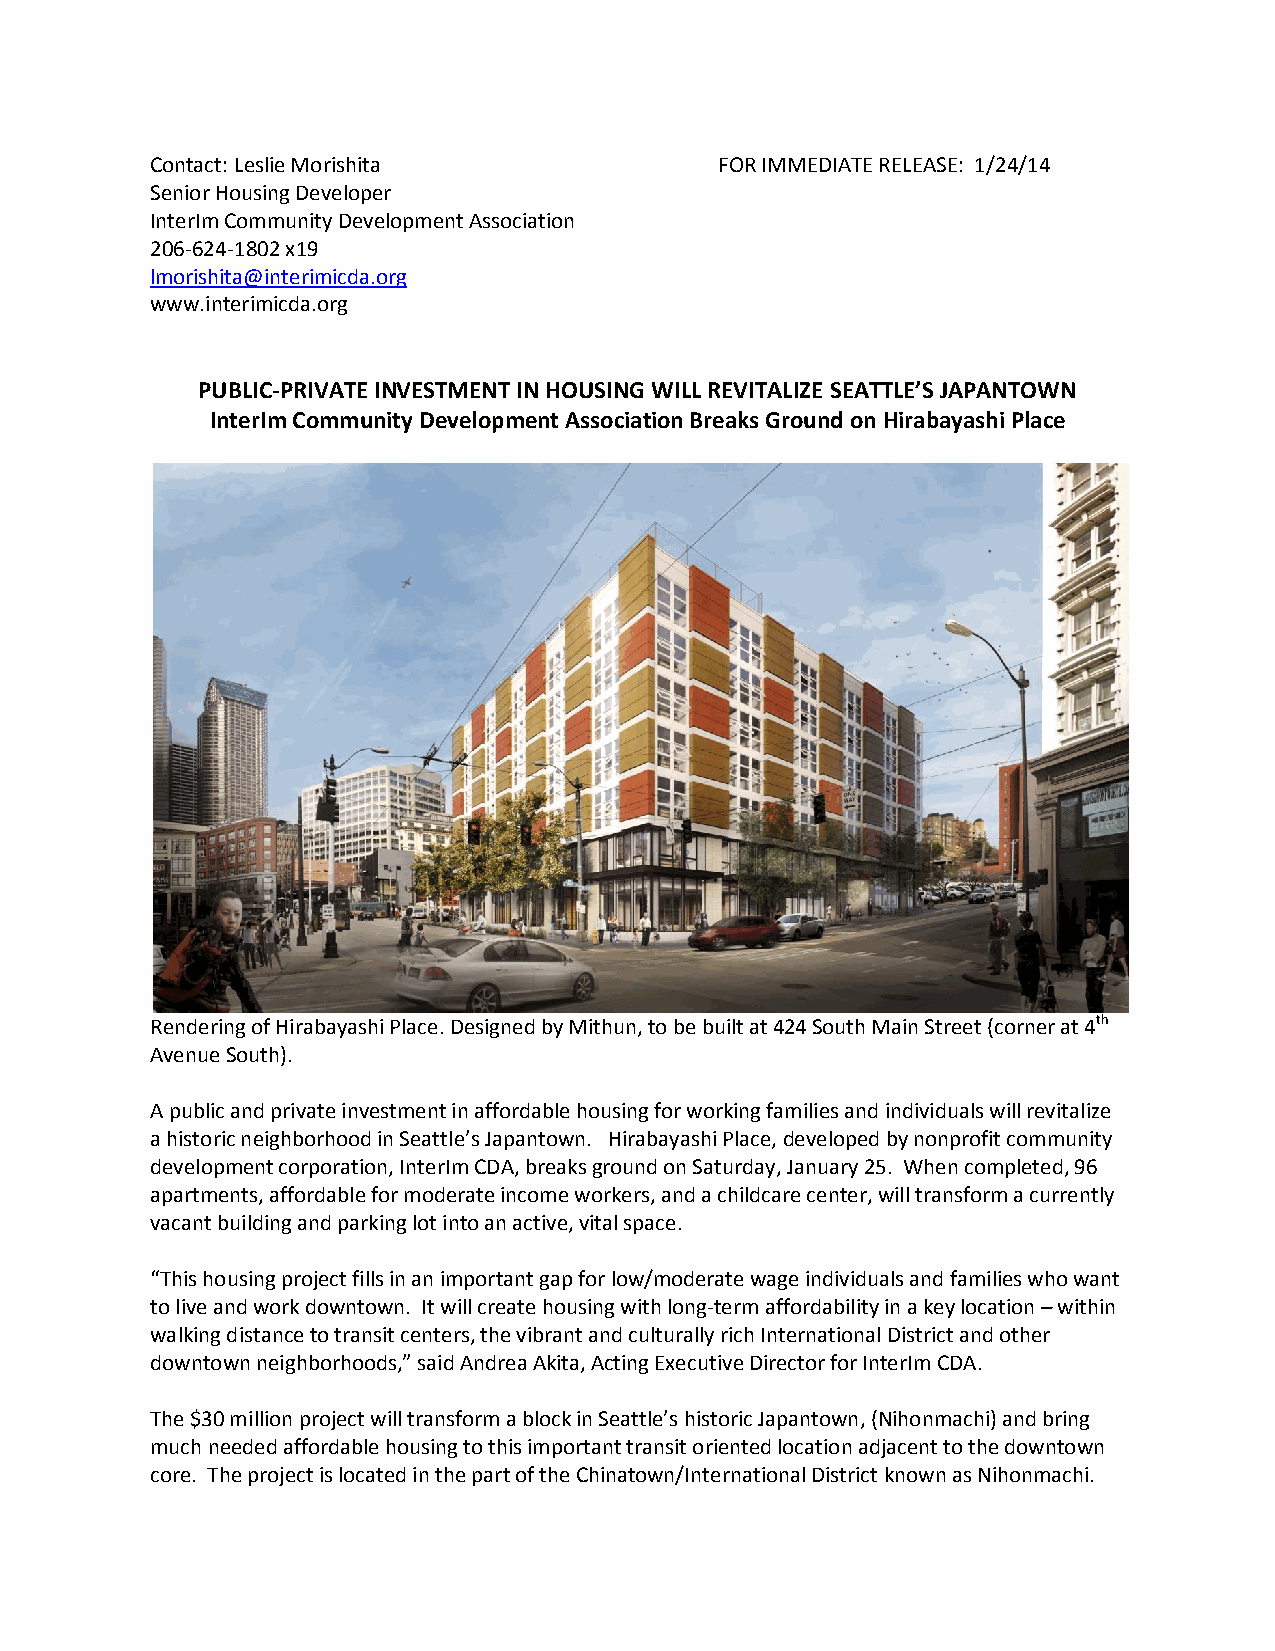
Contact: Leslie Morishita             FOR IMMEDIATE RELEASE: 1/24/14
 Senior Housing Developer
 InterIm Community Development Association
 206-624-1802 x19
 lmorishita@interimicda.org
 www.interimicda.org
 PUBLIC-PRIVATE INVESTMENT IN HOUSING WILL REVITALIZE SEATTLE’S JAPANTOWN
 InterIm Community Development Association Breaks Ground on Hirabayashi Place
 Rendering of Hirabayashi Place. Designed by Mithun, to be built at 424 South Main Street (corner at 4th
 Avenue South).
 A public and private investment in affordable housing for working families and individuals will revitalize
 a historic neighborhood in Seattle’s Japantown. Hirabayashi Place, developed by nonprofit community
 development corporation, InterIm CDA, breaks ground on Saturday, January 25. When completed, 96
 apartments, affordable for moderate income workers, and a childcare center, will transform a currently
 vacant building and parking lot into an active, vital space.
 “This housing project fills in an important gap for low/moderate wage individuals and families who want
 to live and work downtown. It will create housing with long-term affordability in a key location – within
 walking distance to transit centers, the vibrant and culturally rich International District and other
 downtown neighborhoods,” said Andrea Akita, Acting Executive Director for InterIm CDA.
 The $30 million project will transform a block in Seattle’s historic Japantown, (Nihonmachi) and bring
 much needed affordable housing to this important transit oriented location adjacent to the downtown
 core. The project is located in the part of the Chinatown/International District known as Nihonmachi.